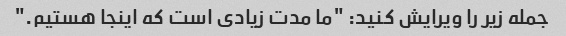
جمله زیر را ویرایش کنید: "ما مدت زیادی است که اینجا هستیم."